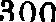
300